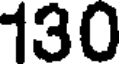
130